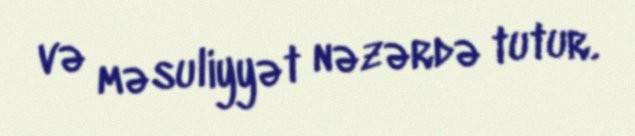
və məsuliyyət nəzərdə tutur.